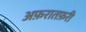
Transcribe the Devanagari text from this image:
अफ़रातफ़री